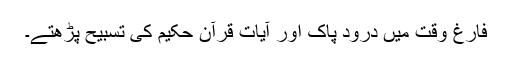
فارغ وقت میں درود پاک اور آیات قرآن حکیم کی تسبیح پڑھتے۔